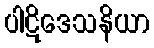
ပါဋိဒေသနိယာ